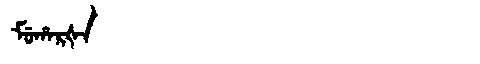
Manchu: ᠮᡠᡥᠠᡵᡧᠠ
Romanization: MUHARŠA